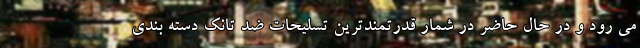
می رود و در حال حاضر در شمار قدرتمندترین تسلیحات ضد تانک دسته بندی